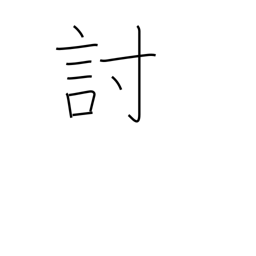
Meaning: defeat